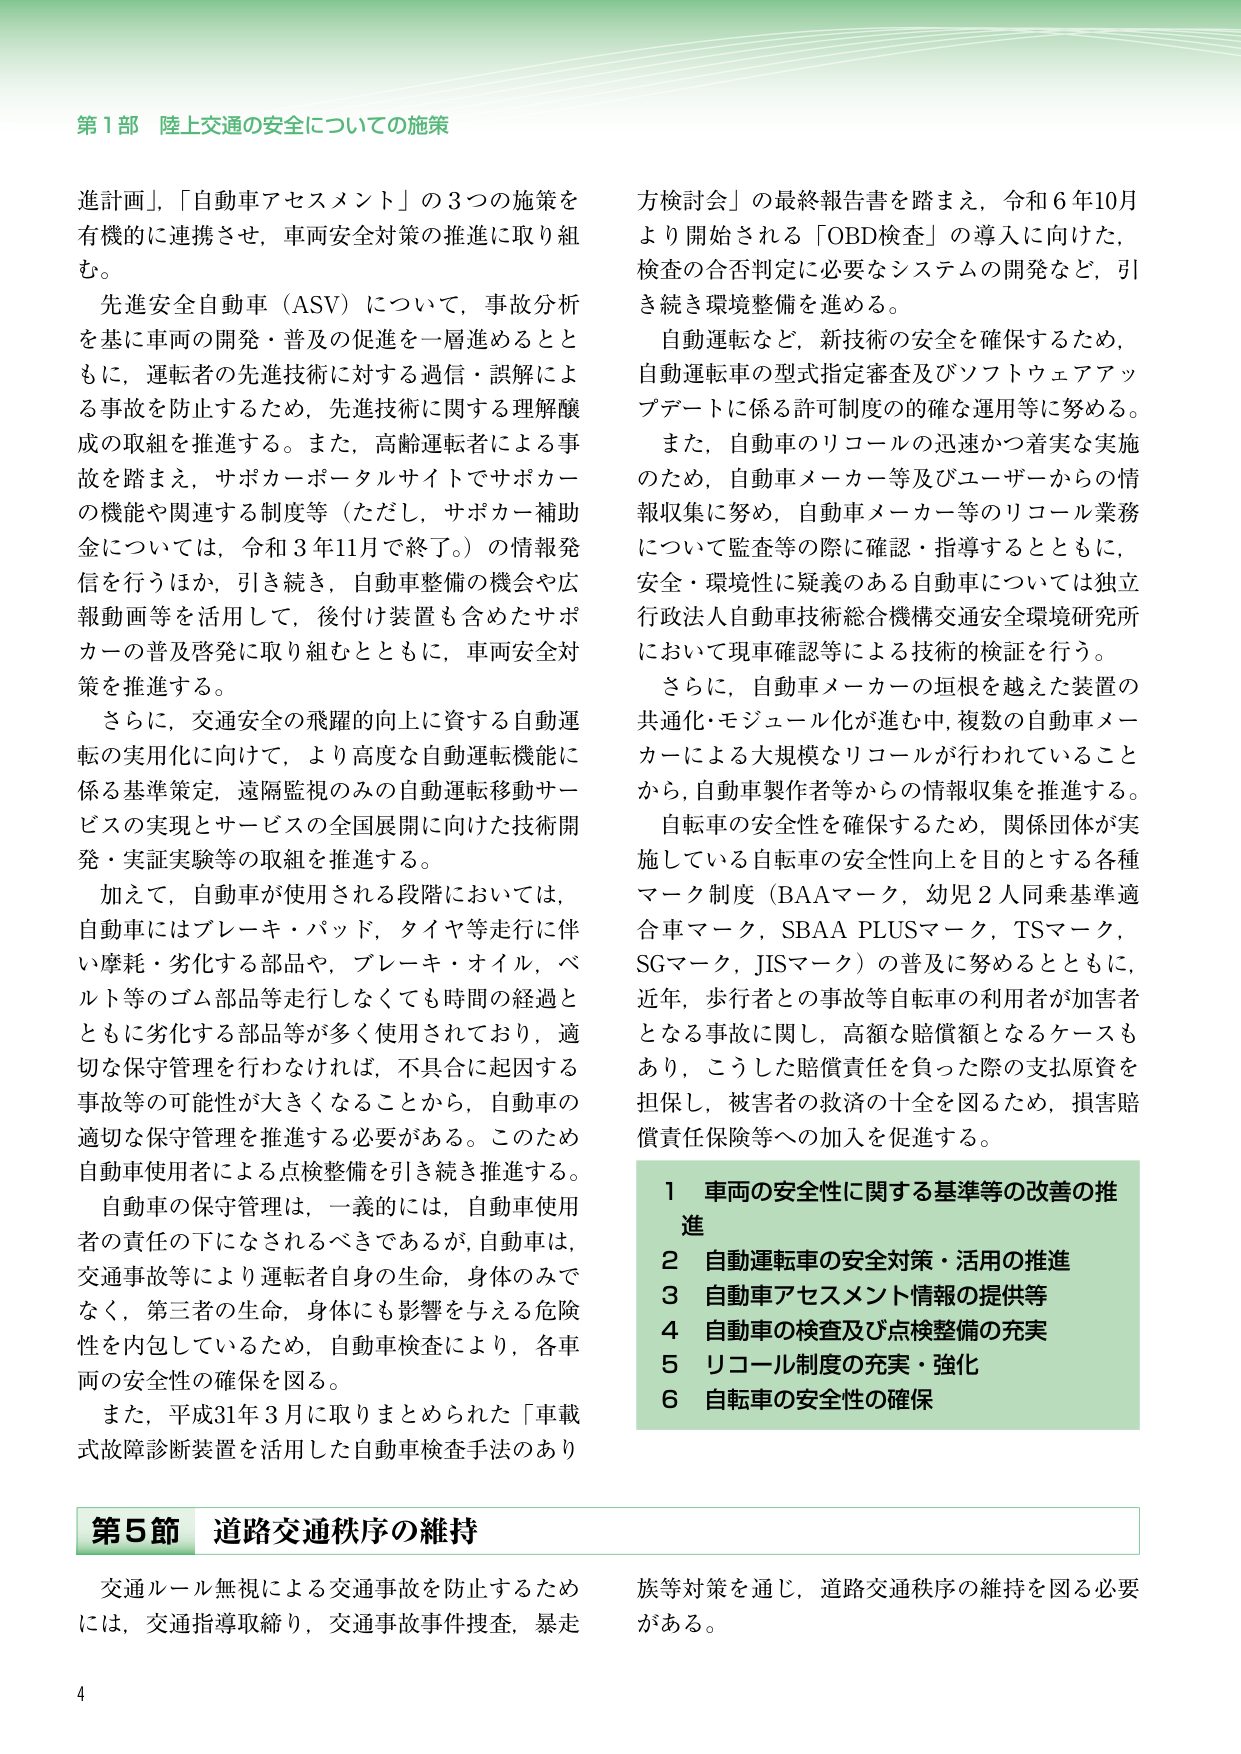
第1部 陸上交通の安全についての施策

進計画」、「自動車アセスメント」の3つの施策を
有機的に連携させ、車両安全対策の推進に取り組
む。
先進安全自動車（ASV）について、事故分析
を基に車両の開発・普及の促進を一層進めるとと
もに、運転者の先進技術に対する過信・誤解によ
る事故を防止するため、先進技術に関する理解醸
成の取組を推進する。また、高齢運転者による事
故を踏まえ、サポカーポータルサイトでサポカー
の機能や関連する制度等（ただし、サポカー補助
金については、令和3年11月で終了。）の情報発
信を行うほか、引き続き、自動車整備の機会や広
報動画等を活用して、後付け装置も含めたサポ
カーの普及啓発に取り組むとともに、車両安全対
策を推進する。
さらに、交通安全の飛躍的向上に資する自動運
転の実用化に向けて、より高度な自動運転機能に
係る基準策定、遠隔監視のみの自動運転移動サー
ビスの実現とサービスの全国展開に向けた技術開
発・実証実験等の取組を推進する。
加えて、自動車が使用される段階においては、
自動車にはブレーキ・パッド、タイヤ等走行に伴
い摩耗・劣化する部品や、ブレーキ・オイル、ベ
ルト等のゴム部品等走行しなくても時間の経過と
ともに劣化する部品等が多く使用されており、適
切な保守管理を行わなければ、不具合に起因する
事故等の可能性が大きくなることから、自動車の
適切な保守管理を推進する必要がある。このため
自動車使用者による点検整備を引き続き推進する。
自動車の保守管理は、一義的には、自動車使用
者の責任の下になされるべきであるが、自動車は、
交通事故等により運転者自身の生命、身体のみで
なく、第三者の生命、身体にも影響を与える危険
性を内包しているため、自動車検査により、各車
両の安全性の確保を図る。
また、平成31年3月に取りまとめられた「車載
式故障診断装置を活用した自動車検査手法のあり

方検討会」の最終報告書を踏まえ、令和6年10月
より開始される「OBD検査」の導入に向けた、
検査の合否判定に必要なシステムの開発など、引
き続き環境整備を進める。
自動運転など、新技術の安全を確保するため、
自動運転車の型式指定審査及びソフトウェアアッ
プデートに係る許可制度の的確な運用等に努める。
また、自動車のリコールの迅速かつ着実な実施
のため、自動車メーカー等及びユーザーからの情
報収集に努め、自動車メーカー等のリコール業務
について監査等の際に確認・指導するとともに、
安全・環境性に疑義のある自動車については独立
行政法人自動車技術総合機構交通安全環境研究所
において現車確認等による技術的検証を行う。
さらに、自動車メーカーの垣根を越えた装置の
共通化・モジュール化が進む中、複数の自動車メー
カーによる大規模なリコールが行われていること
から、自動車製作者等からの情報収集を推進する。
自転車の安全性を確保するため、関係団体が実
施している自転車の安全性向上を目的とする各種
マーク制度（BAAマーク、幼児2人同乗基準適
合車マーク、SBAA PLUSマーク、TSマーク、
SGマーク、JISマーク）の普及に努めるとともに、
近年、歩行者との事故等自転車の利用者が加害者
となる事故に関し、高額な賠償額となるケースも
あり、こうした賠償責任を負った際の支払原資を
担保し、被害者の救済の十全を図るため、損害賠
償責任保険等への加入を促進する。

1 車両の安全性に関する基準等の改善の推
進
2 自動運転車の安全対策・活用の推進
3 自動車アセスメント情報の提供等
4 自動車の検査及び点検整備の充実
5 リコール制度の充実・強化
6 自転車の安全性の確保

第5節 道路交通秩序の維持

交通ルール無視による交通事故を防止するため
には、交通指導取締り、交通事故事件捜査、暴走
族等対策を通じ、道路交通秩序の維持を図る必要
がある。

4